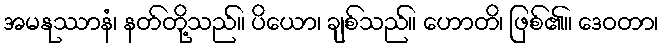
အမနုဿာနံ၊ နတ်တို့သည်။ ပိယော၊ ချစ်သည်။ ဟောတိ၊ ဖြစ်၏။ ဒေဝတာ၊